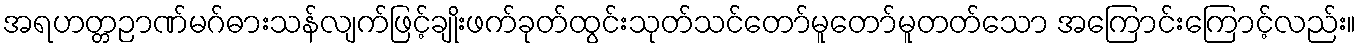
အရဟတ္တဉာဏ်မဂ်ဓားသန်လျက်ဖြင့်ချိုးဖက်ခုတ်ထွင်းသုတ်သင်တော်မူတော်မူတတ်သော အကြောင်းကြောင့်လည်း။